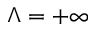
\Lambda = + \infty